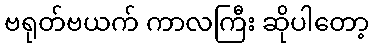
ဗရုတ်ဗယက် ကာလကြီး ဆိုပါတော့